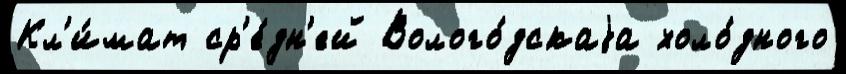
Кл'и́мат ср'е́дн'ей Волого́дскаjа холо́дного